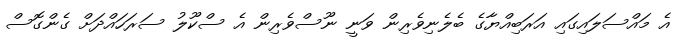
އެ މައްސަލައިގައި އަރަބިއްޔާގެ ބެލެނިވެރިން ވަނީ ނޫސްވެރިން އެ ސްކޫލު ސަރަހައްދަށް ގެންގޮސް